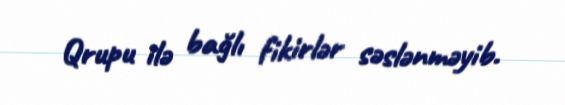
Qrupu ilə bağlı fikirlər səslənməyib.